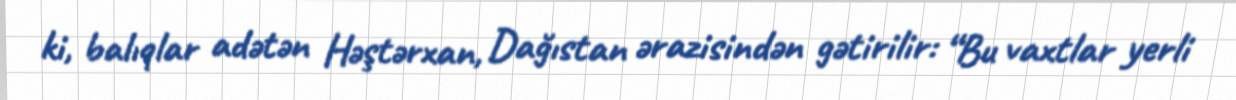
ki, balıqlar adətən Həştərxan, Dağıstan ərazisindən gətirilir: “Bu vaxtlar yerli